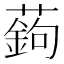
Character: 𦽋